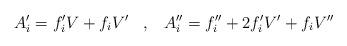
LaTeX: \begin{align*}A_i' = f_i' V + f_i V'\;\;\;, \;\;\;A_i''= f_i'' + 2 f_i' V' + f_i V''\end{align*}